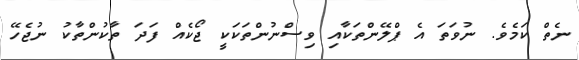
ނެތް ކަމެވެ. ނުވަތަ އެ ޕްލޭންތަކާއި ވިސްނުންތަކަކީ ޖޯކެއް ފަދަ ތާކުންތާކު ނުޖެހޭ